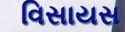
વિસાયસ